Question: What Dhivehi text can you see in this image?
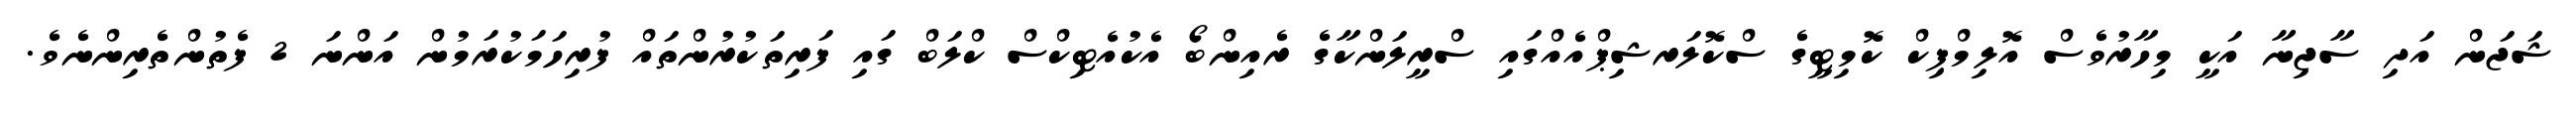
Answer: ޝަޖަން އަދި ސާޖިނާ އަކީ މިހާރުވެސް އޮލިމްޕިކް ކޮމިޓީގެ ސްކޮލަރޝިޕްއެއްގައި ސްރީލަންކާގެ ރެއިންބޯ އެކުއެޓިކްސް ކްލަބް ގައި ފަރިތަކުރުންތައް ފުރިހަމަކުރަމުން އަންނަ 2 ފެތުންތެރިންނެވެ.